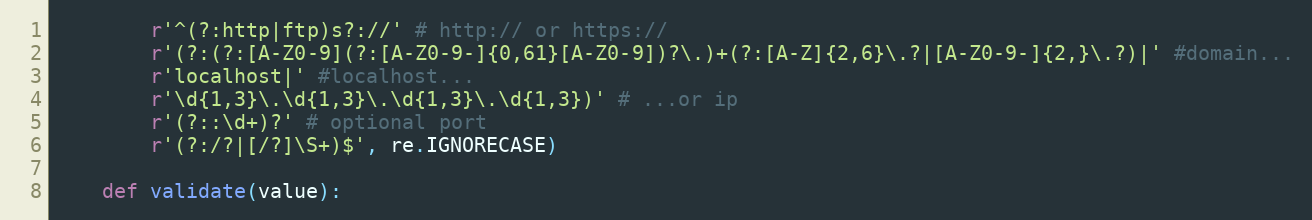
Language: Python
        r'^(?:http|ftp)s?://' # http:// or https://
        r'(?:(?:[A-Z0-9](?:[A-Z0-9-]{0,61}[A-Z0-9])?\.)+(?:[A-Z]{2,6}\.?|[A-Z0-9-]{2,}\.?)|' #domain...
        r'localhost|' #localhost...
        r'\d{1,3}\.\d{1,3}\.\d{1,3}\.\d{1,3})' # ...or ip
        r'(?::\d+)?' # optional port
        r'(?:/?|[/?]\S+)$', re.IGNORECASE)

    def validate(value):